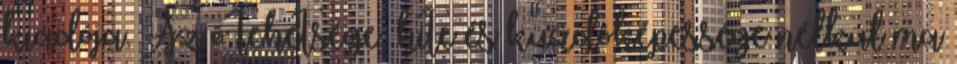
kiadója. Az õ tehetsége, hite és küzdõképessége nélkül ma